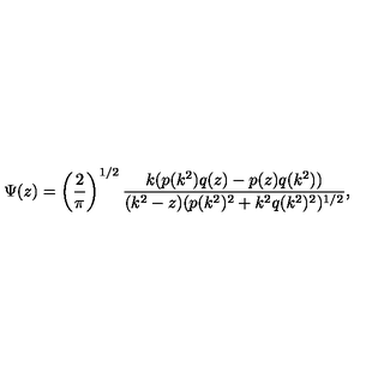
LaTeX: \Psi ( z ) = \left( \frac { 2 } { \pi } \right) ^ { 1 / 2 } \frac { k ( p ( k ^ { 2 } ) q ( z ) - p ( z ) q ( k ^ { 2 } ) ) } { ( k ^ { 2 } - z ) ( p ( k ^ { 2 } ) ^ { 2 } + k ^ { 2 } q ( k ^ { 2 } ) ^ { 2 } ) ^ { 1 / 2 } } ,